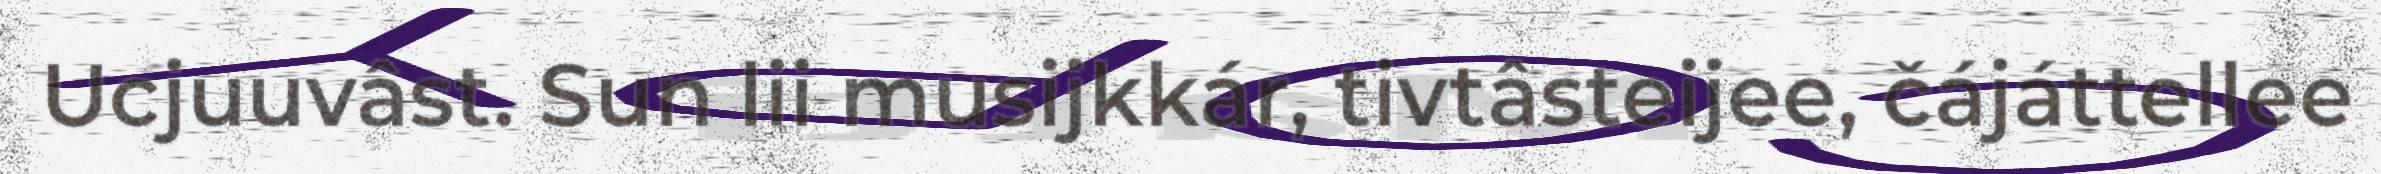
Ucjuuvâst. Sun lii musijkkár, tivtâsteijee, čájáttellee